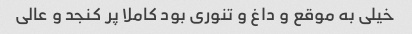
خیلی به موقع و داغ و تنوری بود کاملا پر کنجد و عالی